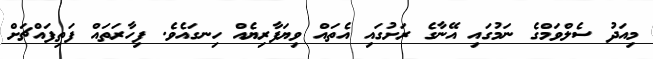
މިއަދު ސެލްވަމްގެ ނަމުގައި އޭނާގެ ރަށުގައި އެތައް ވިޔަފާރިޔެއް ހިނގައެވެ. ފިހާރަތައް ފަތިފައްޗަށް